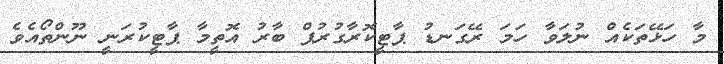
މާ ހަޅޭތަކެއް ނުލަވާ ހަމަ ރޭގަނޑު ޕާޓީކޮރާގުރުޕް ބާރު އޮތީމާ ޕާޓީކުރަނީ ނޫންތޯއެވެ